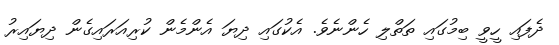
ދެފައި ހީވީ ބިމުގައި ތަތްލި ހެންނެވެ. އެކުގައި ދިޔަ އެންމެން ކުރިއަރައިގެން ދިޔައިރު